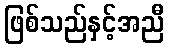
ဖြစ်သည်နှင့်အညီ